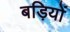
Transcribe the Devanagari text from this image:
बड़ियों